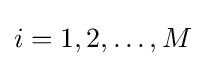
i=1,2,\dots ,M